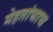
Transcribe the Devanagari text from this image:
मेहतांचाच